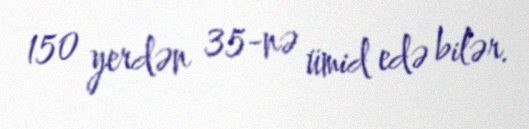
150 yerdən 35-nə ümid edə bilər.